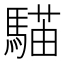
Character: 𩤱